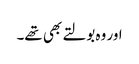
اور وہ بولتے بھی تھے۔